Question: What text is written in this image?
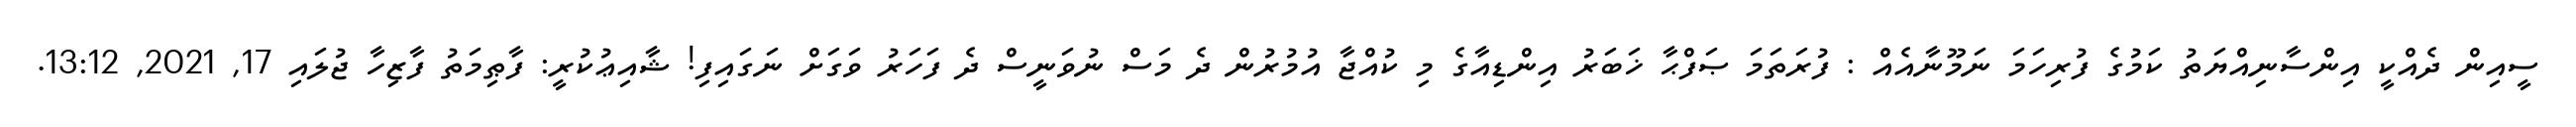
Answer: ސީއިން ދެއްކީ އިންސާނިއްޔަތު ކަމުގެ ފުރިހަމަ ނަމޫނާއެއް : ފުރަތަމަ ޞަފްޙާ ޚަބަރު އިންޑިއާގެ މި ކުއްޖާ އުމުރުން ދެ މަސް ނުވަނީސް ދެ ފަހަރު ވަގަށް ނަގައިފި! ޝާއިޢުކުރީ: ފާޠިމަތު ފާޒިހާ ޖުލައި 17, 2021, 13:12.